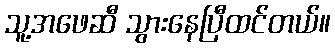
သူ့အဖေဆီ သွားနေပြီထင်တယ်။